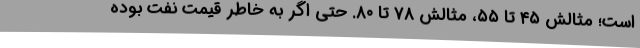
است؛ مثالش ۴۵ تا ۵۵، مثالش ۷۸ تا ۸۰. حتی اگر به خاطر قیمت نفت بوده